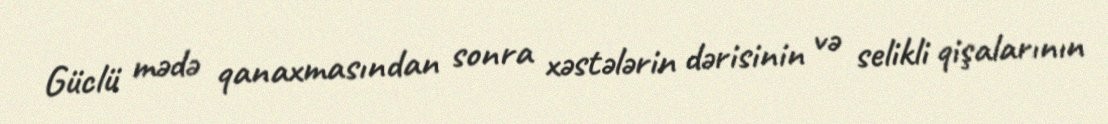
Güclü mədə qanaxmasından sonra xəstələrin dərisinin və selikli qişalarının